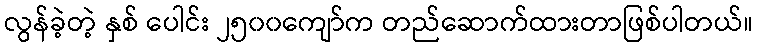
လွန်ခဲ့တဲ့ နှစ် ပေါင်း ၂၅၀၀ကျော်က တည်ဆောက်ထားတာဖြစ်ပါတယ်။